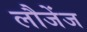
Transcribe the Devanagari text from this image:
लौजेंज